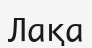
Лақа